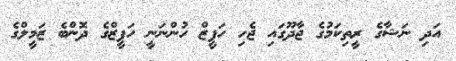
އަދި ނަޝާގެ ރީތިކަމުގެ ޖާދޫގައި ޖެހި ހަފީޒް ހުންނަނީ ހަފީޒްގެ ދޮންބެެ ޒަމީލްގެ